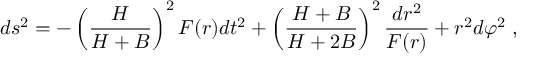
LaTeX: d s ^ { 2 } = - \left( \frac { H } { H + B } \right) ^ { 2 } F ( r ) d t ^ { 2 } + \left( \frac { H + B } { H + 2 B } \right) ^ { 2 } \frac { d r ^ { 2 } } { F ( r ) } + r ^ { 2 } d \varphi ^ { 2 } \; ,